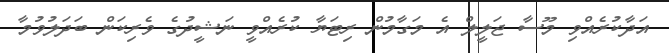
އަދާކުރެއްވި މޫސާ ޖަލީލް އެ މަގާމުން ރިޓަޔާ ކުރެއްވީ ނަޝީދުގެ ވެރިކަން ބަދަލުވުމާ